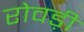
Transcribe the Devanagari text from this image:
रोवड़ी